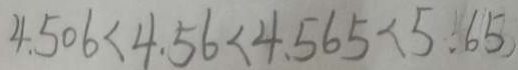
4 . 5 0 6 < 4 . 5 6 < 4 . 5 6 5 < 5 . 6 5